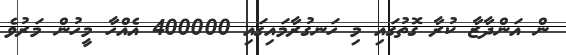
ން އަންދާޒާ ކުރާ ގޮތުގައި މި ހަނގުރާމައިގައި 400000 އެއްހާ މީހުން މަރުވެ